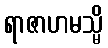
ရာဇာဟမသ္မိ